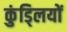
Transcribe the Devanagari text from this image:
कुंड्लियों